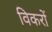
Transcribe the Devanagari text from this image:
विकरों